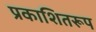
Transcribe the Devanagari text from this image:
प्रकाशितरूप